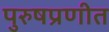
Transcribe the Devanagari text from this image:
पुरुषप्रणीत